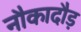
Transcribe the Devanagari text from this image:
नौकादौड़